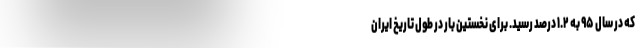
که در سال ۹۵ به ۱.۲ درصد رسید. برای نخستین بار در طول تاریخ ایران